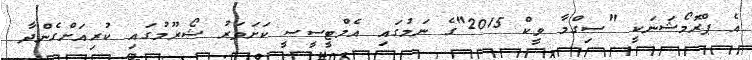
އެ ޕްރޮމޯޝަނަކީ "ސިގްމާ ވީކް 2015"ގެ ނަމުގައި އެމްޓީސީސީ ކަށަވަރު ޝޯރޫމުގައި ކުރިއަށްގެންދާ